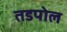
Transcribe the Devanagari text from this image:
तडपोल